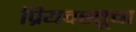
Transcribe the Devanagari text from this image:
प्रियवस्तूचा